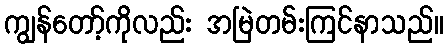
ကျွန်တော့်ကိုလည်း အမြဲတမ်းကြင်နာသည်။